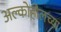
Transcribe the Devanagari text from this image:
अल्कोहोलच्या